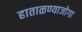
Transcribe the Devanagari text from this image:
हाताळण्याजोगा